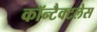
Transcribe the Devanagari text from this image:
कॉन्टैक्टलेस